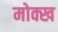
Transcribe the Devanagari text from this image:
मोक्ख